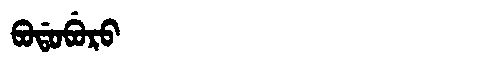
Manchu: ᠪᠣᡩᠣᠪᡠᡵᠣ
Romanization: BODOBURO